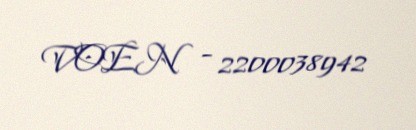
VOEN - 2200038942